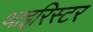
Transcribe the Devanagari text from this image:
थाइरिस्टर